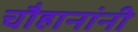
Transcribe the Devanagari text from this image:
चाैहानांनी